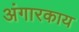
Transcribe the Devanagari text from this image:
अंगारकाय